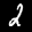
Label: 2